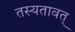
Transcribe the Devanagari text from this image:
तस्यतावत्